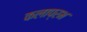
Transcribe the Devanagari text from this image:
कलाप्रभ